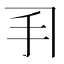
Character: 𫼓